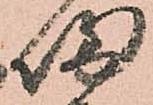
帰